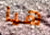
هيا